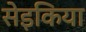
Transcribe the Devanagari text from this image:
सेइकिया